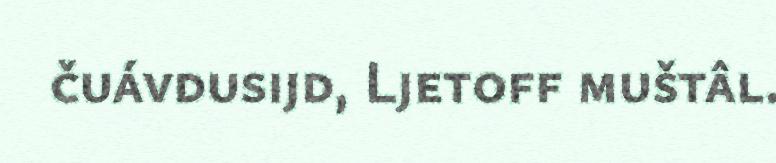
čuávdusijd, Ljetoff muštâl.